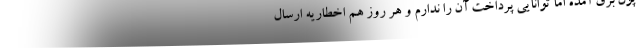
پول برق آمده اما توانایی پرداخت آن را ندارم و هر روز هم اخطاریه ارسال